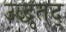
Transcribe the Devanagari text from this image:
उद्धृतद्